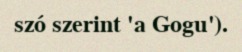
szó szerint 'a Gogu').